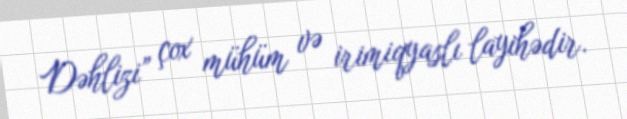
Dəhlizi” çox mühüm və irimiqyaslı layihədir.